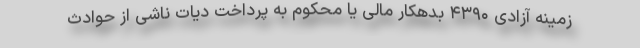
زمینه آزادی ۴۳۹۰ بدهکار مالی یا محکوم به پرداخت دیات ناشی از حوادث